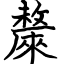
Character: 斄